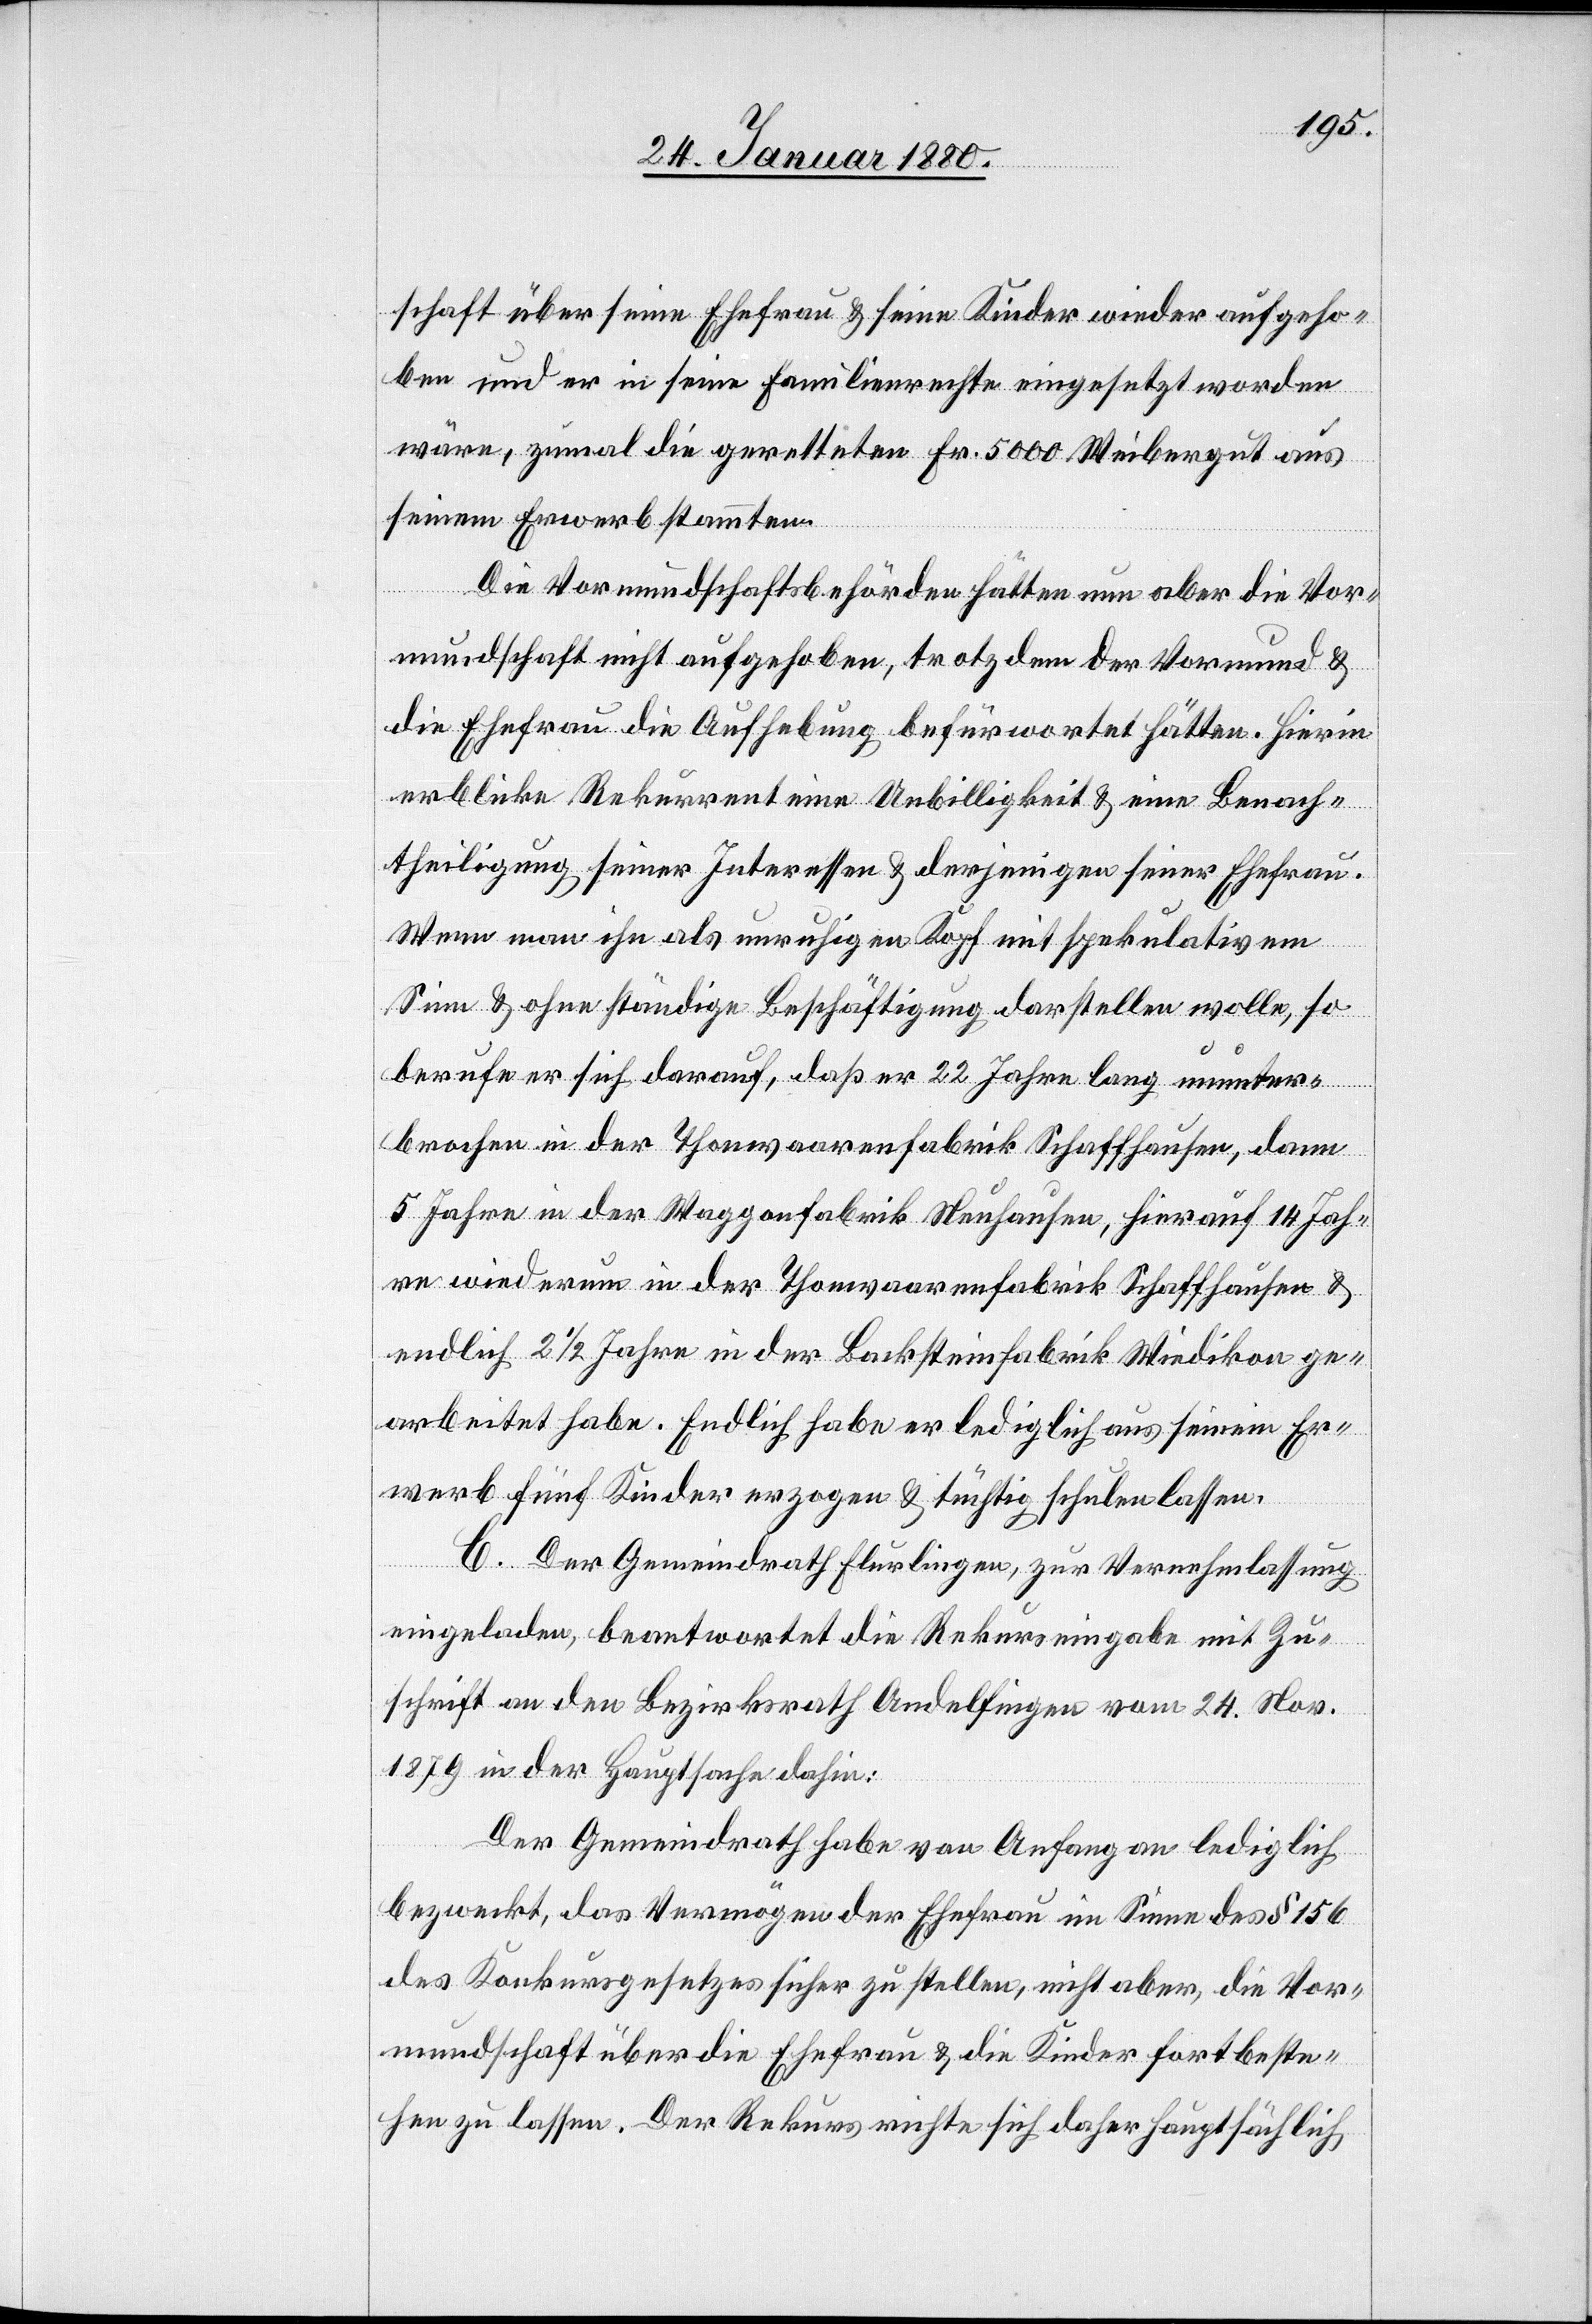
schaft über seine Ehefrau & seine Kinder wieder aufgeho¬
ben und er in seine Familienrechte eingesetzt worden
wäre, zumal die gerelteten [sic!] Fr. 5000 Weibergut aus
seinem Erwerb stammten.
Die Vormundschaftsbehörden hätten nun aber die Vor¬
mundschaft nicht aufgehoben, trotzdem der Vormund &
die Ehefrau die Aufhebung befürwortet hätten. Hierin
erblicke Rekurrent eine Unbilligkeit & eine Benach¬
theiligung seiner Interessen & derjenigen seiner Ehefrau.
Wenn man ihn als unruhigen Kopf mit spekulativem
Sinn & ohne ständige Beschäftigung darstellen wolle, so
berufe er sich darauf, daß er 22 Jahre lang ununter¬
brochen in der Thonwaarenfabrik Schaffhausen, dann
5 Jahre in der Waggonfabrik Neuhausen, hierauf 14 Jah¬
re wiederum in der Thonwaarenfabrik Schaffhausen &
endlich 2 1/2 Jahre in der Backsteinfabrik Wiedikon ge¬
arbeitet habe. Endlich habe er lediglich aus seinem Er¬
werb fünf Kinder erzogen & tüchtig schulen lassen.
C. Der Gemeindrath Flurlingen, zur Vernehmlassung
eingeladen, beantwortet die Rekurseingabe mit Zu¬
schrift an den Bezirksrath Andelfingen vom 24. Nov.
1879 in der Hauptsache dahin:
Der Gemeindrath habe von Anfang an lediglich
bezweckt, das Vermögen der Ehefrau im Sinne des § 156
des Konkursgesetzes sicher zu stellen, nicht aber, die Vor¬
mundschaft über die Ehefrau & die Kinder fortbeste¬
hen zu lassen. Der Rekurs richte sich daher hauptsächlich